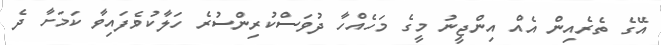
އޭގެ ތެރެއިން އެއް އިންޖީނު މީގެ މަހެއްހާ ދުވަސްކުރިންސުރެ ހަލާކުވެފައިވާ ކަމަށާ ދެ